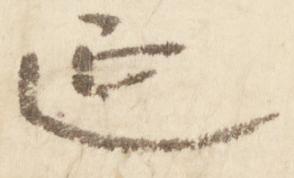
延